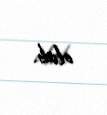
olub.